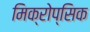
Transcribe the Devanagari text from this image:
मिक्रोप्सिक